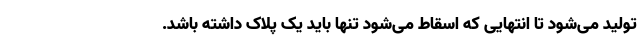
تولید می‌شود تا انتهایی که اسقاط می‌شود تنها باید یک پلاک داشته باشد.